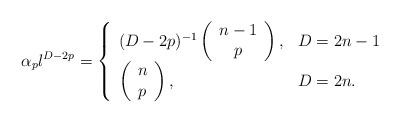
LaTeX: \begin{align*}\alpha _{p}l^{D-2p}=\left\{\begin{array}{ll}(D-2p)^{-1}\left(\begin{array}{c}n-1 \\ p\end{array}\right) , & D=2n-1 \\ \left(\begin{array}{c}n \\ p\end{array}\right) , & D=2n.\end{array}\right. \end{align*}